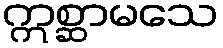
ဣစ္ဆာမသေ